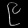
Digit: ၉